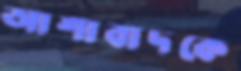
আশাবাদকে